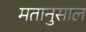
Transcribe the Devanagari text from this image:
मतानुसाल